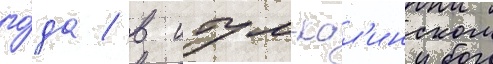
го́да / в итум-кал'инском